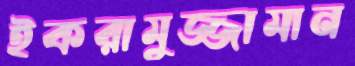
ইকরামুজ্জামান